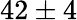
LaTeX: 42\pm 4